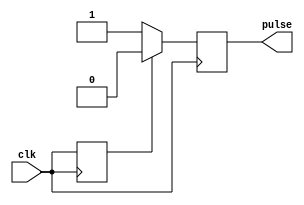
module rising_edge_pulse_generator (
    input wire clk,
    output reg pulse
);

reg prev_clk;

always @(posedge clk) begin
    pulse <= (prev_clk == 0) ? 1'b1 : 1'b0;
    prev_clk <= clk;
end

endmodule